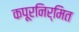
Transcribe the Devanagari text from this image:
कपूरनिर्मित